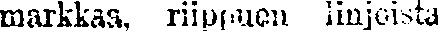
markkaa, riipuen linjoista